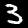
Label: 3